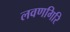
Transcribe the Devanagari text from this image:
लवणगिरि